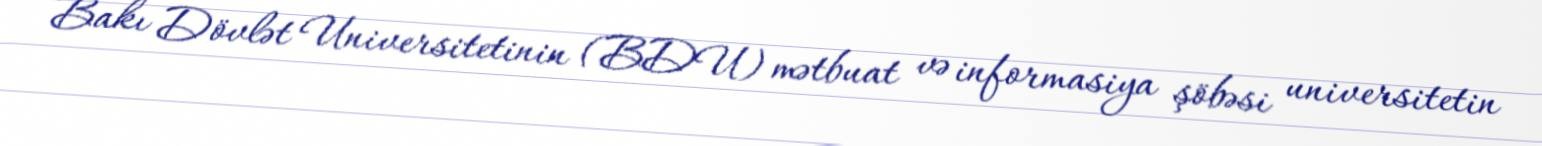
Bakı Dövlət Universitetinin (BDU) mətbuat və informasiya şöbəsi universitetin